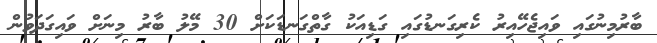
ބާރުމިނުގައި ވައިޖެހޭއިރު ކެރިގަނޑުގައި ގަޑިއަކު ގާތްގަނޑަކަށް 30 މޭލު ބާރު މިނަށް ވައިގަދަވުން